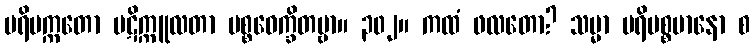
ပရိပက္ကတော ပဋိက္ကူလတာ ပစ္စဝေက္ခိတဗ္ဗာ။ ၃၀၂။ ကထံ ဖလတော? သမ္မာ ပရိပစ္စမာနော စ